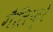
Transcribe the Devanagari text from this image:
गैलिफ़्रे